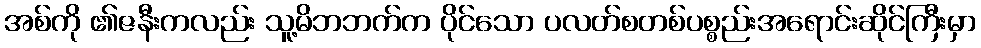
အစ်ကို ၏ဇနီးကလည်း သူ့မိဘဘက်က ပိုင်သော ပလတ်စတစ်ပစ္စည်းအရောင်းဆိုင်ကြီးမှာ